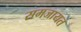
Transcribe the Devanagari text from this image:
समजायत